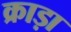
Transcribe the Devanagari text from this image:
क्राड़ा